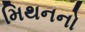
મિથનનો